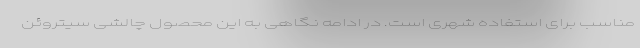
مناسب برای استفاده شهری است. در ادامه نگاهی به این محصول چالشی سیتروئن